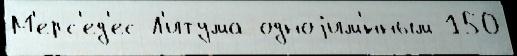
М'ерс'ед'ес Л'итума одноjим'́нным 150